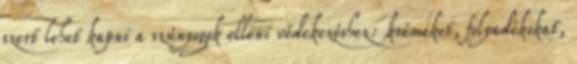
szert lehet kapni a szúnyogok elleni védekezéshez: krémeket, folyadékokat,